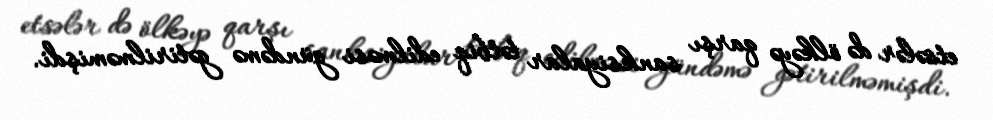
etsələr də ölkəyə qarşı sanksiyalar tətbiq edilməsi gündəmə gətirilməmişdi.